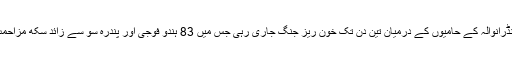
اس آپریشن میں فوج اور بھنڈرانوالہ کے حامیوں کے درمیان تین دن تک خون ریز جنگ جاری رہی جس میں 83 ہندو فوجی اور پندرہ سو سے زائد سکھ مزاحمت کار ہلاک ہو گئے تھے ۔